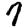
Digit: 7